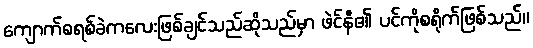
ကျောက်စရစ်ခဲကလေးဖြစ်ချင်သည်ဆိုသည်မှာ ဖဲင်နီ၏ ပင်ကိုစရိုက်ဖြစ်သည်။